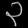
Digit: ၃